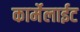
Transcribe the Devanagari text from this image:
कार्मेलाईट